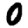
Digit: 0